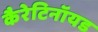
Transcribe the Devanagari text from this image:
कैरेटिनॉयड